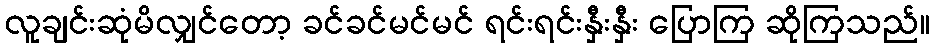
လူချင်းဆုံမိလျှင်တော့ ခင်ခင်မင်မင် ရင်းရင်းနှီးနှီး ပြောကြ ဆိုကြသည်။